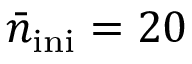
\bar { n } _ { \mathrm { i n i } } = 2 0